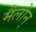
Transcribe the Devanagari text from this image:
मैलोन्